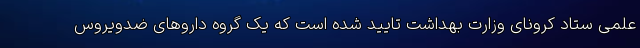
علمی ستاد کرونای وزارت بهداشت تایید شده است که یک گروه داروهای ضدویروس